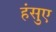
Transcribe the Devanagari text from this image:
हंसुए